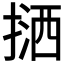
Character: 𢱛